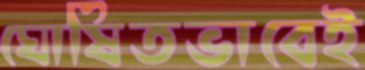
ঘোষিতভাবেই